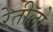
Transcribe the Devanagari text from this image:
रेतीलो